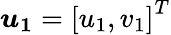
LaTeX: \boldsymbol{u_{1}}=\left[u_{1},v_{1}\right]^{T}